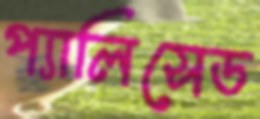
প্যালিসেড